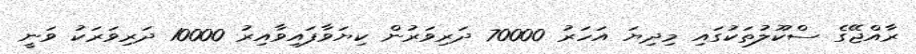
ރާއްޖޭގެ ސްކޫލުތަކުގައި މިދިޔަ އަހަރު 70000 ދަރިވަރުން ކިޔަވާފައިވާއިރު 10000 ދަރިވަރަކު ވަނީ